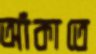
আঁকাতে